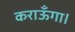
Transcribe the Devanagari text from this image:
कराऊँगा।